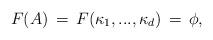
LaTeX: \begin{align*}F(A)\,=\,F(\kappa_1,...,\kappa_d)\,=\,\phi,\end{align*}